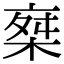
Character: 椉